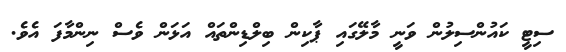
ސިޓީ ކައުންސިލުން ވަނީ މާލޭގައި ޕާކިން ބިލްޑިންތައް އަޅަން ވެސް ނިންމާފަ އެވެ.